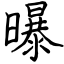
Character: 曝